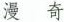
漫 奇